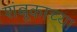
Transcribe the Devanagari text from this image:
शंबूकाच्या